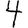
Digit: 4